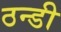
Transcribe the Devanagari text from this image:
ठन्डी